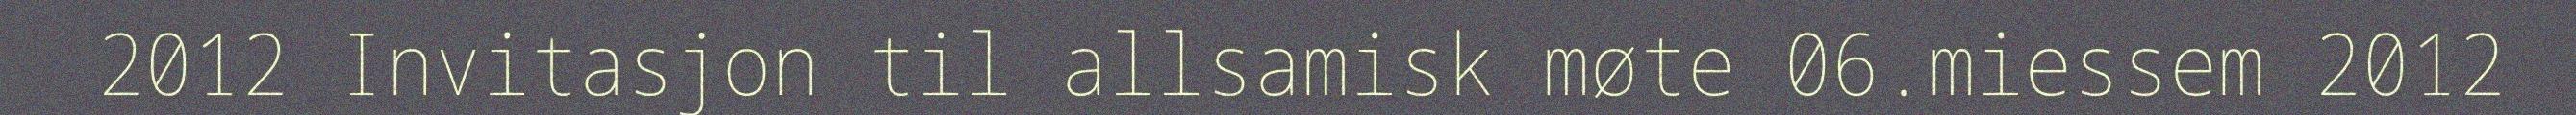
2012 Invitasjon til allsamisk møte 06.miessem 2012